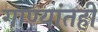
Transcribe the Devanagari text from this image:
गाण्यांतही